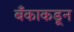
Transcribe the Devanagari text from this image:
बँकाकडून